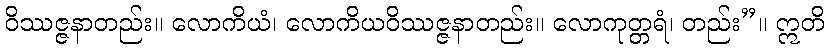
ဝိဿဇ္ဇနာတည်း။ လောကိယံ၊ လောကိယဝိဿဇ္ဇနာတည်း။ လောကုတ္တရံ၊ တည်း”။ ဣတိ